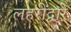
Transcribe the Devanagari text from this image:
लहरींद्वारे